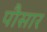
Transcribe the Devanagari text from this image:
पौसार